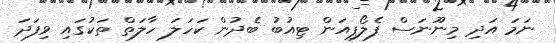
ނަމަ އަދި މިނޫނަސް ފެލޯޕިއަން ޓިއުބު ބެދުން ކަހަލަ ހާލަތް ތަކުގައި ވިފަދަ